Report on vaccination in the Province of Bengal - 1869-1873
Year: 1869
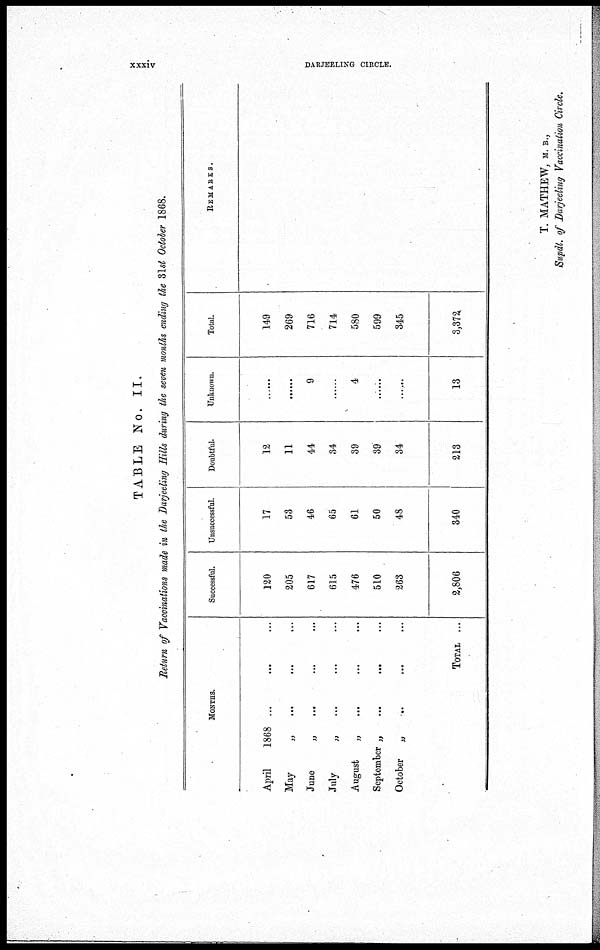
xxxiv
DARJEELING CIRCLE.
TABLE No. II.
Return of Vaccinations made in the Darjeeling Hills during the seven months ending the 31st October 1868.
MONTHS.
April
1868 ...
May
„
...
...
...
June
„
... ... ...
July
„
...
...
...
August
„ ... ... ...
September „
...
... ...
October „
..
... ...
TOTAL ...
Successful.
120
205
617
615
476
510
263
2,806
Unsuccessful.
17
53
46
65
61
50
48
340
Doubtful.
12
11
44
34
39
39
34
213
Unknown.
......
......
9
......
4
......
......
13
Total.
149
269
716
714
580
599
345
3,372
REMARKS.
T. MATHEW, M. B.,
Supdt. of Darjeeling Vaccination Circle.